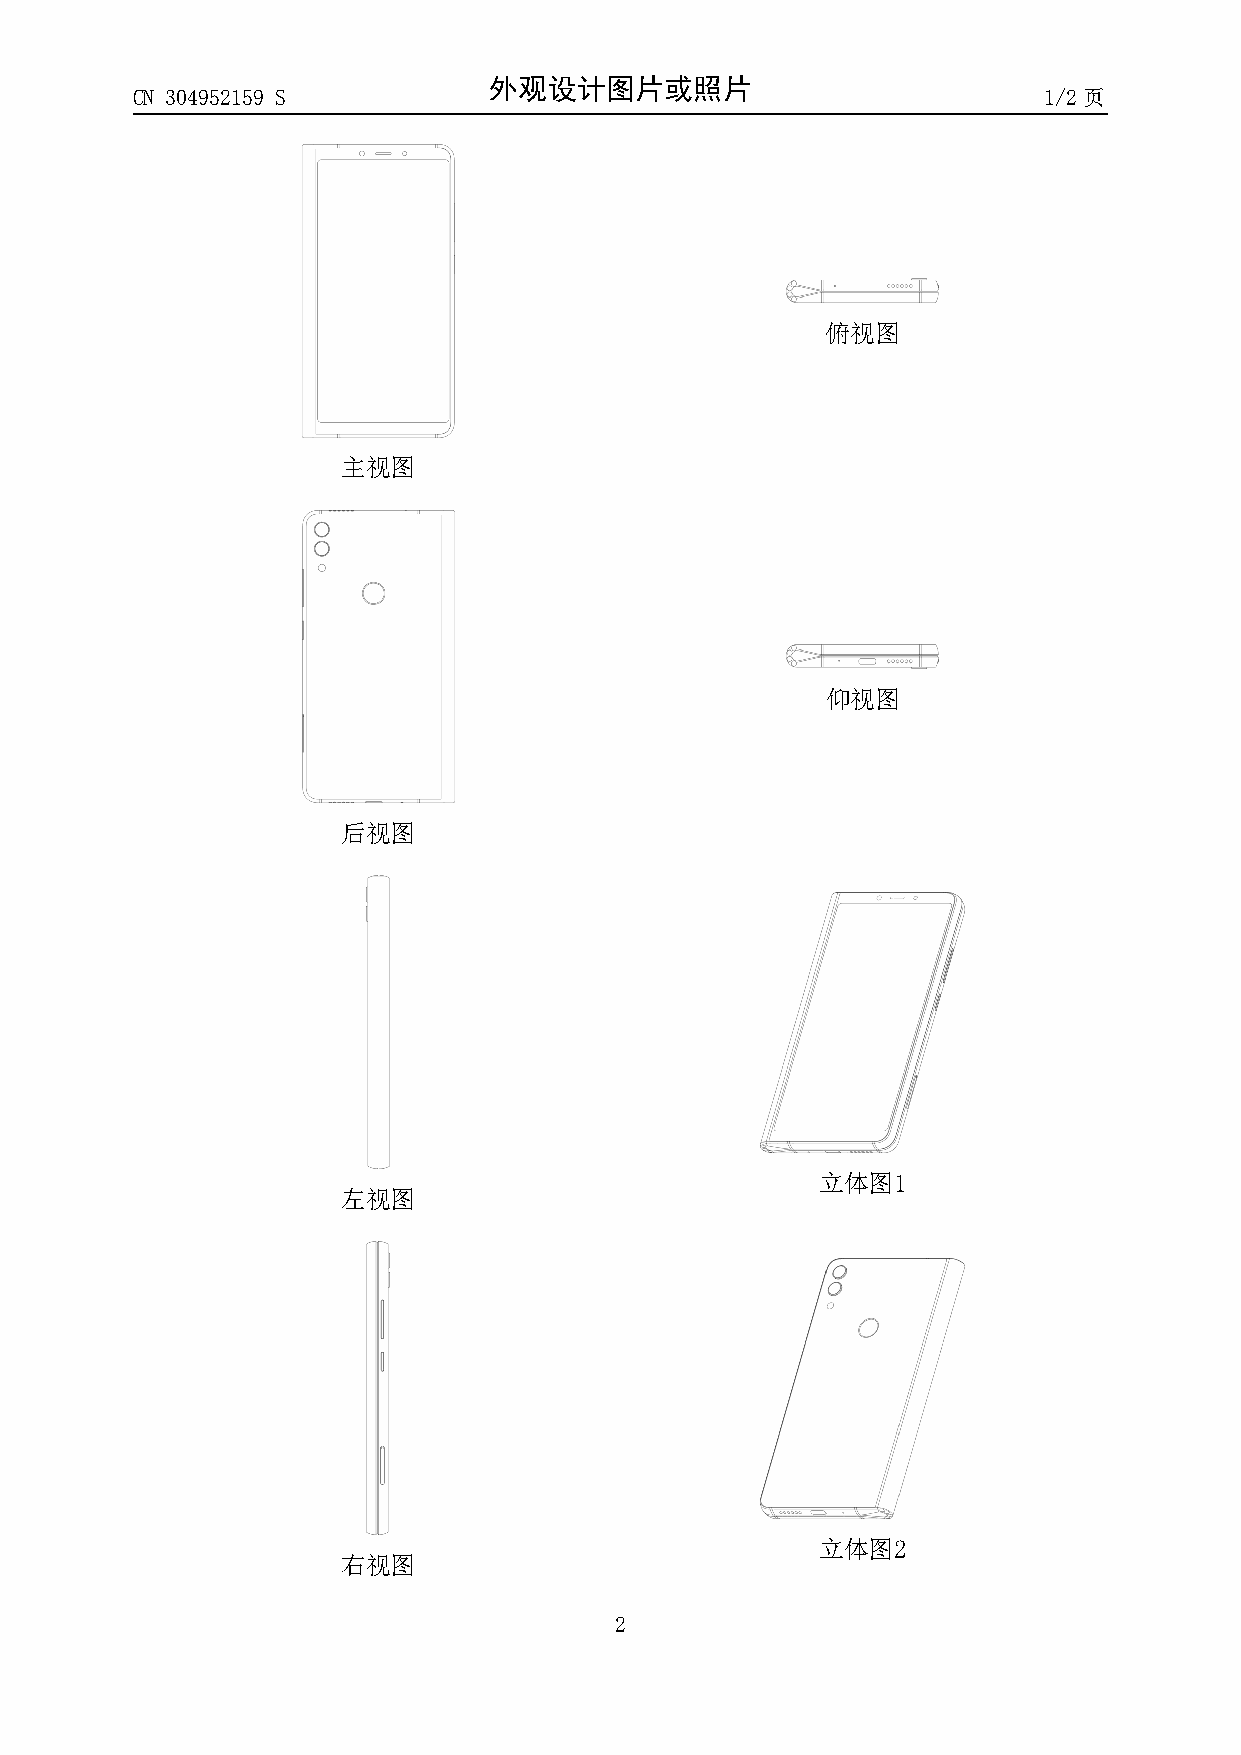
外观设计图片或照片
 CN 304952159 S                                              1/2页
 俯视图
 主视图
 仰视图
 后视图
 立体图1
 左视图
 立体图2
 右视图
 2